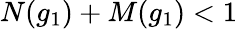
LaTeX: N(g_{1})+M(g_{1})<1